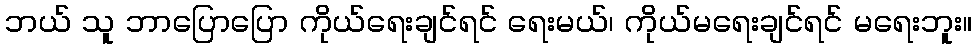
ဘယ် သူ ဘာပြောပြော ကိုယ်ရေးချင်ရင် ရေးမယ်၊ ကိုယ်မရေးချင်ရင် မရေးဘူး။